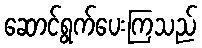
ဆောင်ရွက်ပေးကြသည်